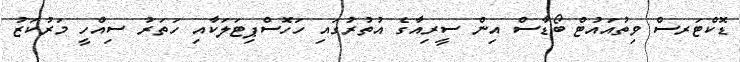
ޑޮކްޓަރސް ވިތުއައުޓް ބޯޑާސް އިން ސީރިއާގެ އުތުރުގައި ހަހޮސްޕިޓަލަކާއި ހަތަރު ސިއްހީ މަރުކަޒު